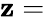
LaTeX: \mathbf{z}=